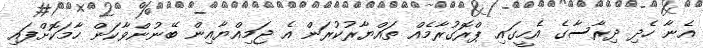
އެނާ ހެދި ދިރާސާގެ އެހީގައި ޕްރޮގުރާމެއް ތައްޔާރުކުރަން އެ ޖަމިއްޔާއިން ބޭނުންވާކަން ހާމަކޮށްފައި